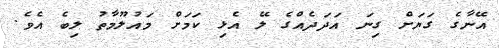
އޭނާގެ ގަޔަށް ގިނަ އަދަދެެއްގެ ލޭ އެޅި ކަމަށް މައުލޫމާތު ލިބެ އެވެ.